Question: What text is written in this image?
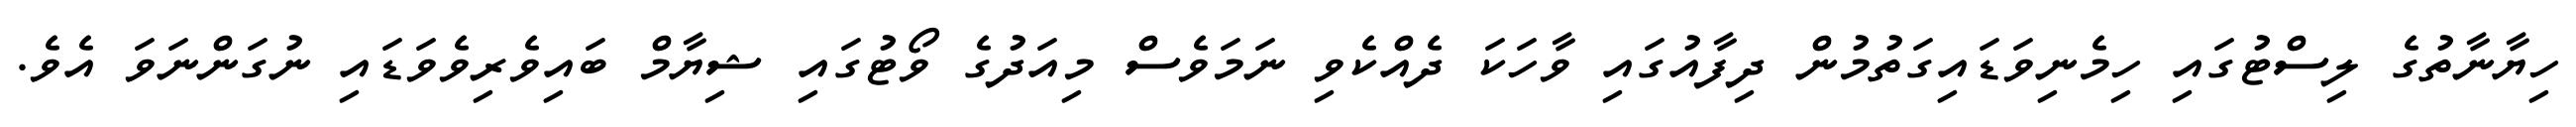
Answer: ހިޔާނާތުގެ ލިސްޓުގައި ހިމެނިވަޑައިގަތުމުން ދިފާއުގައި ވާހަކަ ދެއްކެވި ނަމަވެސް މިއަދުގެ ވޯޓުގައި ޝިޔާމް ބައިވެރިވެވަޑައި ނުގަންނަވަ އެވެ.